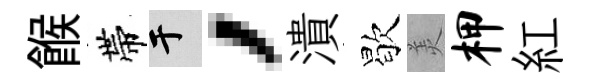
餱帶于，潰歇羙柙紅